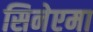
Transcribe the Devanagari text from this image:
सिनेएमा